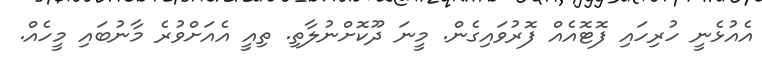
އެއުޅެނީ ހުރިހައި ފޮޓޮއެއް ފޮރުވައިގެން. މީނަ ދޫކޮށްނުލާތި. ތިއީ އެއަށްވުރެ މާނުބައި މީހެއް.